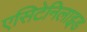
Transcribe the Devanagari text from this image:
एसिटेनिलाइड